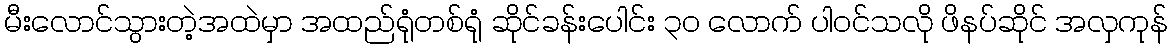
မီးလောင်သွားတဲ့အထဲမှာ အထည်ရုံတစ်ရုံ ဆိုင်ခန်းပေါင်း ၃၀ လောက် ပါဝင်သလို ဖိနပ်ဆိုင် အလှကုန်